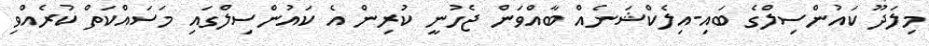
މިލަދޫ ކައުންސިލްގެ ބައި-އިލެކްޝަނެއް ބާއްވަން ޖެހުނީ ކުރިން އެ ކައުންސިލްގައި މަސައްކަތް ކުރެއްވި